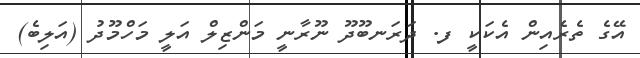
އޭގެ ތެރެއިން އެކަކީ ފ. ދަރަނބޫދޫ ނޫރާނީ މަންޒިލް އަލީ މަހްމޫދު (އަލިބެ)